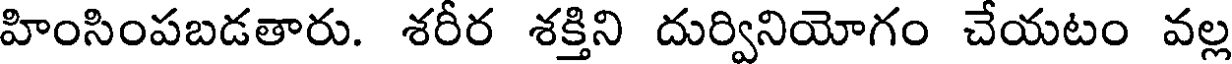
హింసింపబడతారు. శరీర శక్తిని దుర్వినియోగం చేయటం వల్ల